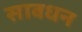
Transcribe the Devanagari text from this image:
सावधन